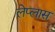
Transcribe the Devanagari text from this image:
लेप्लास